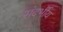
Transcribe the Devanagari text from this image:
संदर्भीय